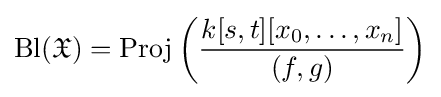
{\text{Bl}}({\mathfrak {X}})={\text{Proj}}\left({\frac {k[s,t][x_{0},\ldots ,x_{n}]}{(f,g)}}\right)